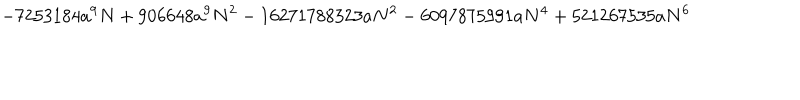
- 7 2 5 3 1 8 4 a ^ { 9 } N + 9 0 6 6 4 8 a ^ { 9 } N ^ { 2 } - 1 6 2 7 1 7 8 8 3 2 3 a N ^ { 2 } - 6 0 9 7 8 7 5 9 9 1 a N ^ { 4 } + 5 2 1 2 6 7 5 3 5 a N ^ { 6 }